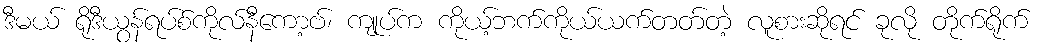
ဒီမယ် ရိုဒီယွန်ရပ်စ်ကိုလ်နီကော့ဗ်၊ ကျုပ်က ကိုယ့်ဘက်ကိုယ်ယက်တတ်တဲ့ လူစားဆိုရင် ခုလို တိုက်ရိုက်